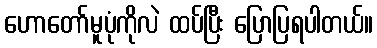
ဟောတော်မူပုံကိုလဲ ထပ်ပြီး ပြောပြရပါတယ်။